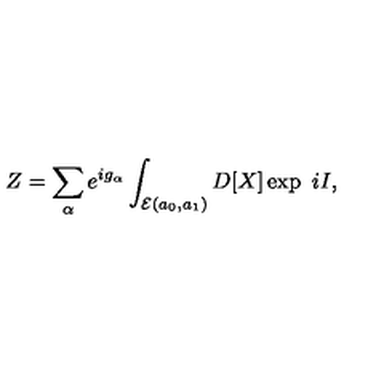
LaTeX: Z = \sum _ { \alpha } e ^ { i g _ { \alpha } } \int _ { { \cal E } ( a _ { 0 } , a _ { 1 } ) } D [ X ] \exp \ i I ,